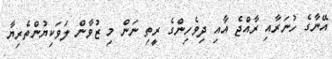
އޭނާގެ ހުނަރާއި ރާއްޖެ އާއި ދިވެހިންގެ ރީތި ނަން މި ޒުވާން ލަވަކިޔުންތެރިޔާ